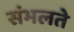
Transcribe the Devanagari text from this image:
संभलते